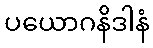
ပယောဂနိဒါနံ